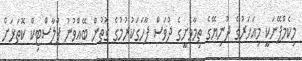
މިކެމްޕޭނަކީ މިއަހަރުގެ ދުނިޔޭގެ ތިމާވެށީގެ ދުވަސް ފާހަގަކުރުމުގެ ގޮތުން ބޭއްވުނު ޕްލާސްޓިކް ކޮތަޅަށް